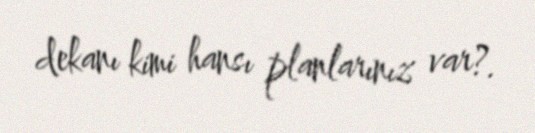
dekanı kimi hansı planlarınız var?.